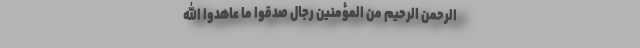
الرحمن الرّحیم مِنَ المُؤمِنینَ رِجالٌ صَدَقوا ما عاهَدُوا اللَّهَ